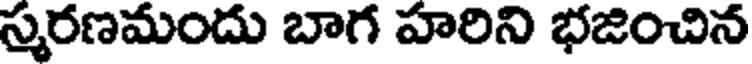
స్మరణమందు బాగ హరిని భజించిన